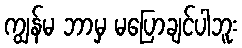
ကျွန်မ ဘာမှ မပြောချင်ပါဘူး